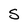
Character: S